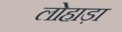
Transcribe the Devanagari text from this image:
लोहाड़ा